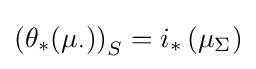
\left(\theta _{*}(\mu _{\cdot })\right)_{S}=i_{*}\left(\mu _{\Sigma }\right)